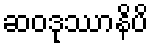
ဆဝဒုဿာနိပိ